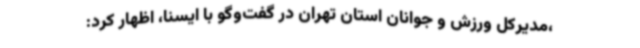
،مدیرکل ورزش و جوانان استان تهران در گفت‌وگو با ایسنا، اظهار کرد: